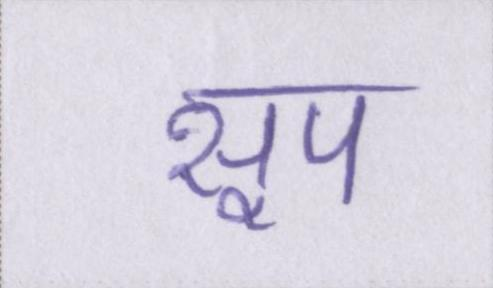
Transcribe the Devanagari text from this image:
सूप